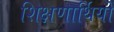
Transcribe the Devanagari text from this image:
शिक्षणार्थियों